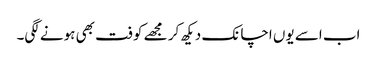
اب اسے یوں اچانک دیکھ کر مجھے کوفت بھی ہونے لگی۔